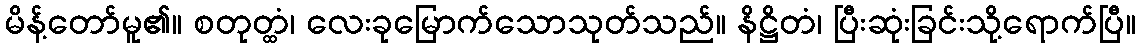
မိန့်တော်မူ၏။ စတုတ္ထံ၊ လေးခုမြောက်သောသုတ်သည်။ နိဋ္ဌိတံ၊ ပြီးဆုံးခြင်းသို့ရောက်ပြီ။